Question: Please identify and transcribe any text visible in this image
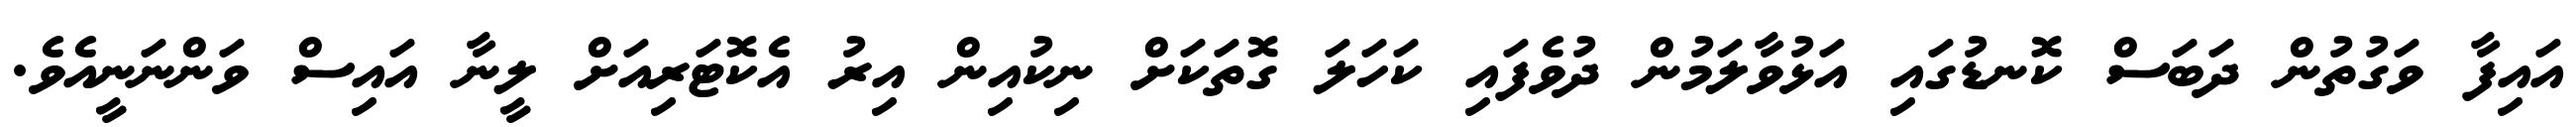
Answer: އައިފާ ވަގުތުން ދަބަސް ކޮނޑުގައި އަޅުވާލަމުން ދުވެފައި ކަހަލަ ގޮތަކަށް ނިކުއިން އިރު އެކޮޓަރިއަށް ލީނާ އައިސް ވަންނަނީއެވެ.